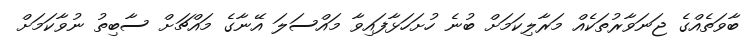
ބާވަތެއްގެ ޖަނަވާރުތަކެއް މަރާލިކަމަށް ބުނެ ހުށަހަޅާފައިވާ މައްސަލަ އޭނާގެ މައްޗަށް ސާބިތު ނުވާކަމަށް